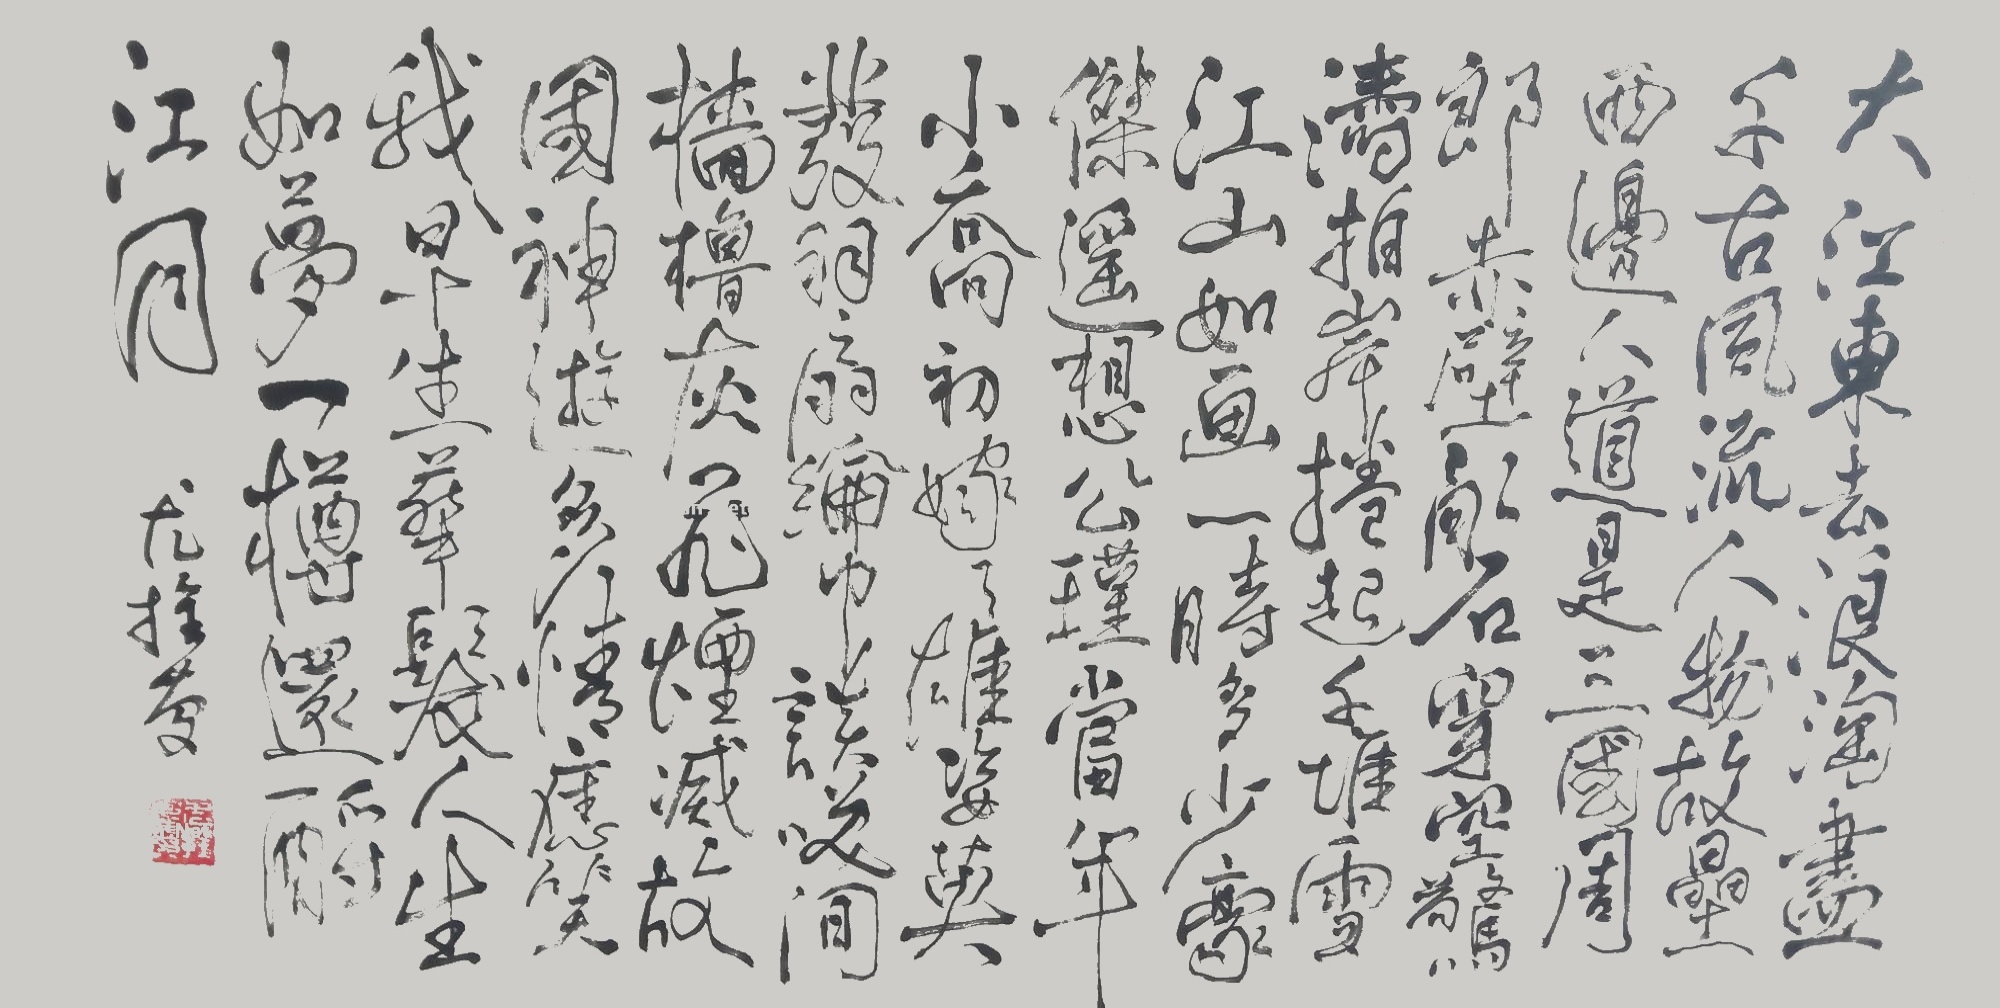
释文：大江东去，浪淘尽，千古风流人物。故垒西边，人道是，三国周郎赤壁。乱石穿空，惊涛拍岸，卷起千堆雪。江山如画，一时多少豪杰。遥想公瑾当年，小乔初嫁了，雄姿英发。羽扇纶巾，谈笑间，樯橹灰飞烟灭。故国神游，多情应笑我，早生华发。人生如梦，一尊还酹江月。丙申年，尤栓庆。